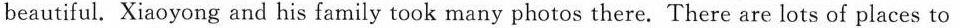
beautiful. Xiaoyong and his family took many photos there. There are lots of places to